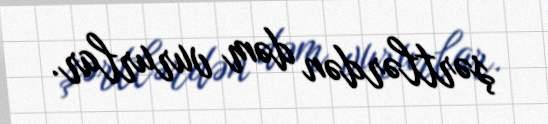
şərtlərdən dəm vururlar.